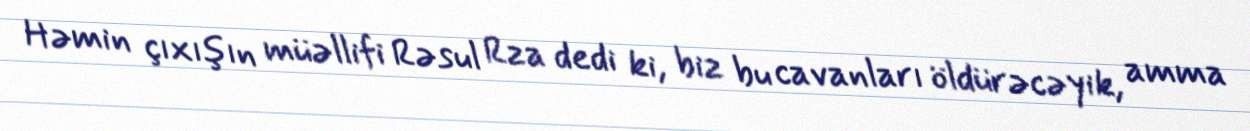
Həmin çıxışın müəllifi Rəsul Rza dedi ki, biz bu cavanları öldürəcəyik, amma